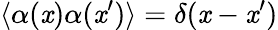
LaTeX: \langle\alpha(\mathit{x})\alpha(\mathit{x}^{\prime})\rangle=\delta(\mathit{x}-\mathit{x}^{\prime})